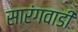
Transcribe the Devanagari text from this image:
सारंगवाडी